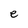
Character: e